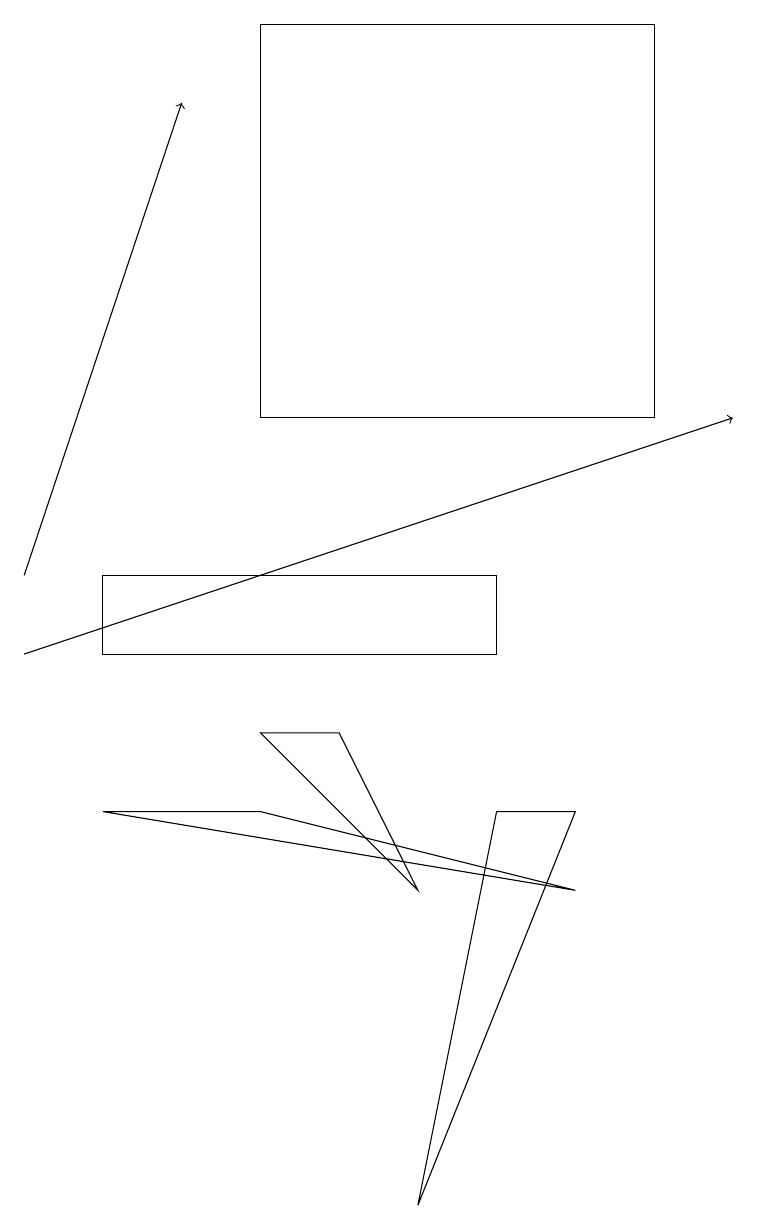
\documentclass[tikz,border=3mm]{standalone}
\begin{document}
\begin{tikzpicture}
\draw (7,7) -- (1,8) -- (3,8) -- cycle;
\draw (6,10) rectangle (1,11);
\draw[->] (0,10) -- (9,13);
\draw (3,13) rectangle (8,18);
\draw (4,9) -- (3,9) -- (5,7) -- cycle;
\draw (6,8) -- (5,3) -- (7,8) -- cycle;
\draw[->] (0,11) -- (2,17);
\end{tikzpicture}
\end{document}